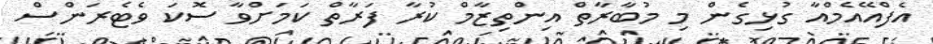
އެފްއޭއެމްއާ ގުޅިގެން މި މުބާރާތް އިންތިޒާމް ކުރާ ފަރާތް ކަމަށްވާ ސޮކަ ވެޓެރަންސް